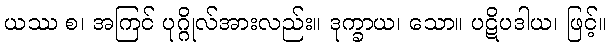
ယဿ စ၊ အကြင် ပုဂ္ဂိုလ်အားလည်း။ ဒုက္ခာယ၊ သော။ ပဋိပဒါယ၊ ဖြင့်။